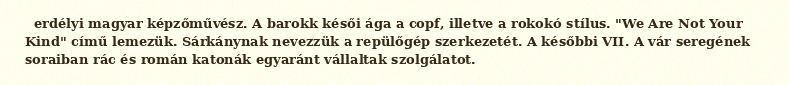
erdélyi magyar képzőművész. A barokk késői ága a copf, illetve a rokokó stílus. "We Are Not Your Kind" című lemezük. Sárkánynak nevezzük a repülőgép szerkezetét. A későbbi VII. A vár seregének soraiban rác és román katonák egyaránt vállaltak szolgálatot.